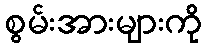
စွမ်းအားများကို